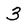
Character: 3